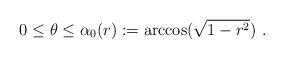
LaTeX: \begin{align*} 0\leq\theta\leq\alpha_0(r):=\arccos(\sqrt{1-r^2})\ .\end{align*}